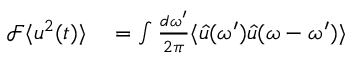
\begin{array} { r l } { \mathcal { F } \langle u ^ { 2 } ( t ) \rangle } & { { } = \int \frac { d \omega ^ { \prime } } { 2 \pi } \langle \hat { u } ( \omega ^ { \prime } ) \hat { u } ( \omega - \omega ^ { \prime } ) \rangle } \end{array}